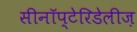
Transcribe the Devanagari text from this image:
सीनॉप्टेरिडेलीज़